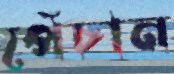
পেঁচান